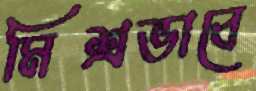
মিশ্রভাবে